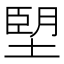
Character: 𪤀